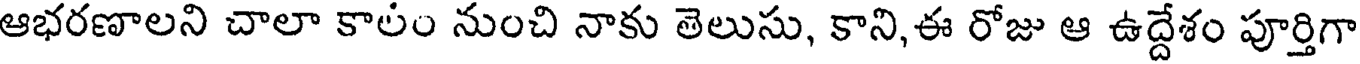
ఆభరణాలని చాలా కాలం నుంచి నాకు తెలుసు, కాని,ఈ రోజు ఆ ఉద్దేశం పూర్తిగా